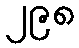
၂၉၈